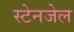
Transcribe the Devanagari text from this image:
स्टेनजेल